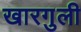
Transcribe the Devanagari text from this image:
खारगुली